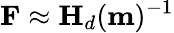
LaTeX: \mathbf{F}\approx\mathbf{H}_{d}(\mathbf{m})^{-1}